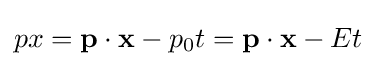
px=\mathbf {p} \cdot \mathbf {x} -p_{0}t=\mathbf {p} \cdot \mathbf {x} -Et